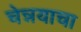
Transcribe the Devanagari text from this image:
चेन्नयाचा